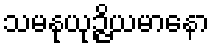
သမနုယုဉ္ဇိယမာနော